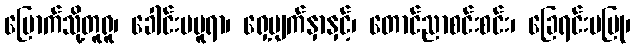
မြောက်သို့တူရူ၊ ခေါင်းမမူရာ၊ ရှေ့မျက်နှာနှင့်၊ တောင်ညာစင်းစင်း၊ ခြေရင်းမပြု၊